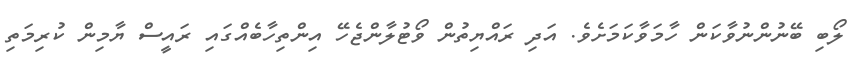
ލޯބި ބޭނުންނުވާކަން ހާމަވާކަމަށެވެ. އަދި ރައްޔިތުން ވޯޓުލާންޖެހޭ އިންތިހާބެއްގައި ރައީސް ޔާމިން ކުރިމަތި